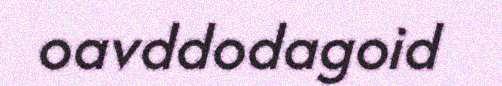
oavddodagoid